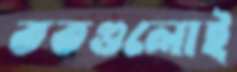
ততগুলোই